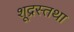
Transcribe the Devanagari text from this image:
शूद्रस्तथा